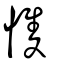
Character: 愯